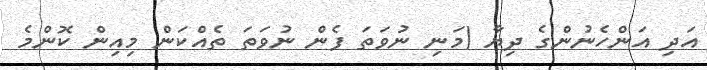
އަދި އަންހެނުންގެ ދިޔާ (މަނި ނުވަތަ ފެން ނުވަތަ ތެއްކަން މިއިން ކޮންމެ